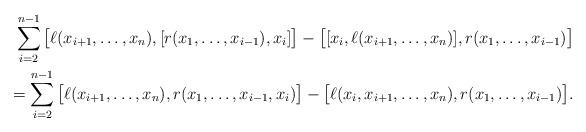
LaTeX: \begin{align*}\sum_{i=2}^{n-1} \big[\ell(x_{i+1},\ldots, x_n),[r(x_1,\ldots,x_{i-1}),x_i]\big] - \big[[x_i,\ell(x_{i+1},\ldots, x_n)], r(x_1,\ldots,x_{i-1}) \big] \\= \sum_{i=2}^{n-1} \big[\ell(x_{i+1},\ldots, x_n),r(x_1,\ldots,x_{i-1},x_i)\big] - \big[\ell(x_i,x_{i+1},\ldots, x_n),r(x_1,\ldots,x_{i-1})\big].\end{align*}